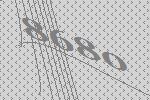
8680